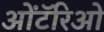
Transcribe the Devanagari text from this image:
ओंटॅरिओ